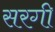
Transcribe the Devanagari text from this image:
सरगी